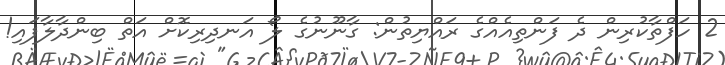
2 ހަފްތާކުރިން ދެ ފަންތިއެއްގެ ރައްޔިތުން: ގާނޫނުގެ ލޯ އަނދިރިކޮށް އަތް ބިންދާލާފައި!